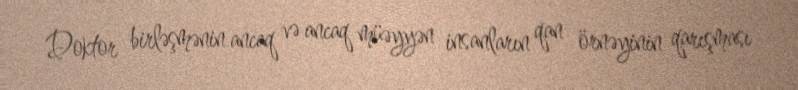
Doktor birləşmənin ancaq və ancaq müəyyən insanların qan örnəyinin qarışması